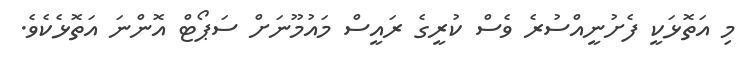
މި އަތޮޅަކީ ފެށުނީއްސުރެ ވެސް ކުރީގެ ރައީސް މައުމޫނަށް ސަޕޯޓް އޮންނަ އަތޮޅެކެވެ.